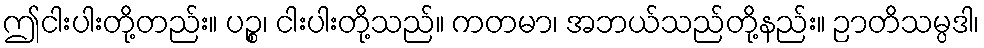
ဤငါးပါးတို့တည်း။ ပဉ္စ၊ ငါးပါးတို့သည်။ ကတမာ၊ အဘယ်သည်တို့နည်း။ ဉာတိသမ္ပဒါ၊